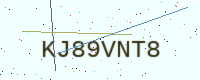
Text: KJ89VNT8